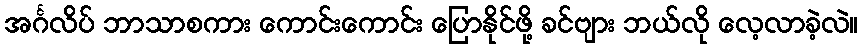
အင်္ဂလိပ် ဘာသာစကား ကောင်းကောင်း ပြောနိုင်ဖို့ ခင်ဗျား ဘယ်လို လေ့လာခဲ့လဲ။